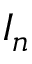
I _ { n }